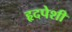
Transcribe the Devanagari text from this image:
हृदपेशी